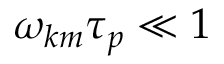
\begin{array} { r } { \omega _ { k m } \tau _ { p } \ll 1 } \end{array}